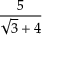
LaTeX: \frac { 5 } { { \sqrt { 3 } } + 4 }